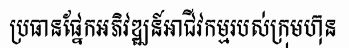
ប្រធានផ្នែកអភិវឌ្ឍន៍អាជីវកម្មរបស់ក្រុមហ៊ុន